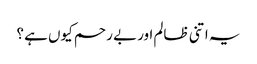
یہ اتنی ظالم اور بے رحم کیوں ہے ؟